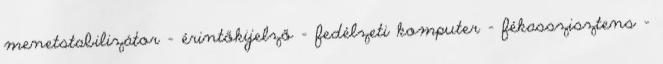
menetstabilizátor – érintőkijelző – fedélzeti komputer – fékasszisztens –